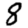
Digit: 8